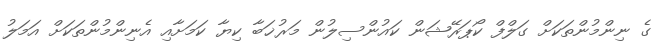
ގެ ނިންމުންތަކަށް ގަލްފް ކޯޕަރޭޝަން ކައުންސިލުން މަރުޚަބާ ކިޔާ ކަމަށާއި އެނިންމުންތަކަށް އަމަލު